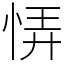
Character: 𢙱